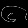
Digit: ၆